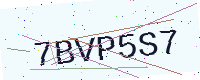
Text: 7BVP5S7